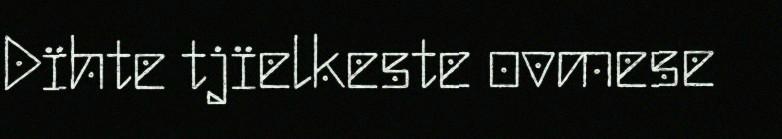
Dïhte tjïelkeste ovmese